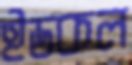
ইডকল